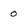
Character: 0